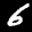
Label: 6